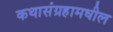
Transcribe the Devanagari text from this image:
कथासंग्रहामधील